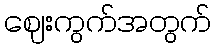
ဈေးကွက်အတွက်